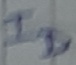
Text: ID